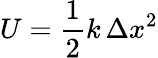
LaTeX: U={\frac{1}{2}}k\, \Delta x^{2}